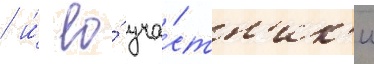
/ и́ ео́ уча́стн'ик'и